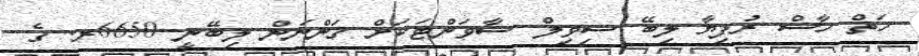
ހަތް ހާސް ރުފިޔާ ލިބޭ ސިވިލް ސާވަންޓަކަށް ގަންނަން ލިބޭނީ 6650ރ. ގެ